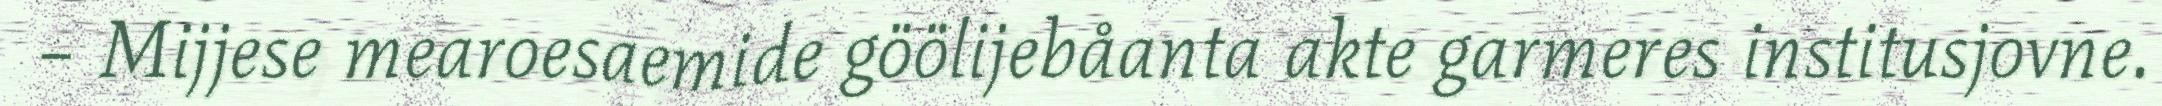
– Mijjese mearoesaemide göölijebåanta akte garmeres institusjovne.